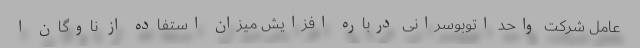
عامل شرکت واحد اتوبوسرانی درباره افزایش میزان استفاده از ناوگان ا